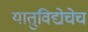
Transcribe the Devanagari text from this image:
यातुविद्येचेच